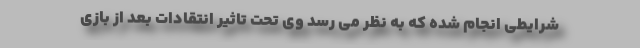
شرایطی انجام شده که به نظر می رسد وی تحت تاثیر انتقادات بعد از بازی